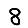
Digit: 8